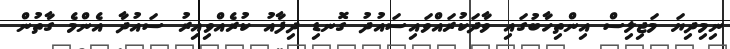
ނިމިދިޔަ މަޖިލިސް އިންތިހާބުގައި ވާދަކުރައްވައިސައުދު ގޮނޑި ދިފާއު ކުރެއްވިއިރު ސައުދާ އެންމެ ގާތުން